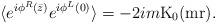
LaTeX: \begin{align*}\langle e^{i\phi^R( \bar z )} e^{i\phi^L (0)} \rangle = -2 i m \rm{K}_0(mr) .\end{align*}